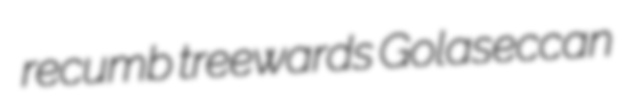
recumb treewards Golaseccan